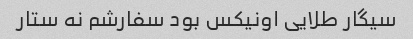
سیگار طلایی اونیکس بود سفارشم نه ستار